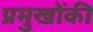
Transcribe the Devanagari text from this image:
प्रमुखोंकी